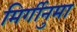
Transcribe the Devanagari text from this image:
मिर्गीनुमा